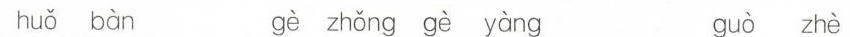
huǒ bàn zhè zhǒng gè yàng guò zhè